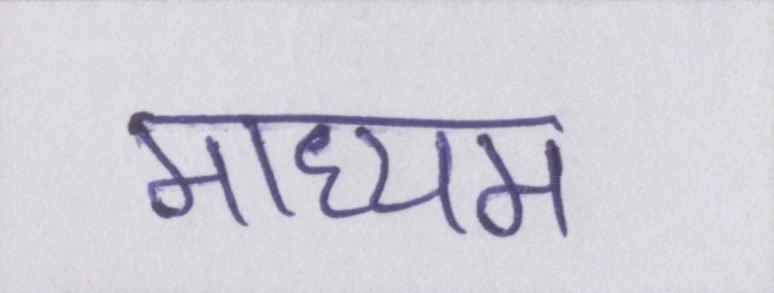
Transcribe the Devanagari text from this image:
माध्यम